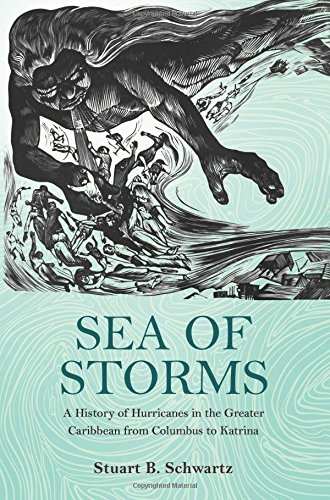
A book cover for Sea of Storms: A History of Hurricanes in the Greater Caribbean from Columbus to Katrina (The Lawrence Stone Lectures); Stuart B. Schwartz; Science & Math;